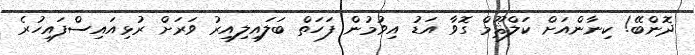
ދޮންބޭ! ކިނާންއަށް ކަލްޘޫމް ގޮވާ އަޑު އިވުމުން ފަހަތް ބަލައިލިއިރު ވަރަށް ރުޅިއައިސްފައިހުރެ